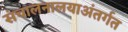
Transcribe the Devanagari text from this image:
संचालनालयाअंतर्गत